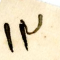
١٣